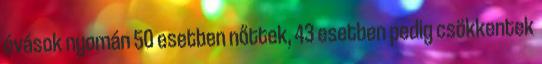
óvások nyomán 50 esetben nőttek, 43 esetben pedig csökkentek